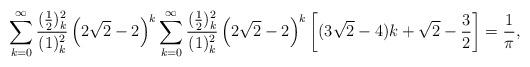
LaTeX: \begin{align*}\sum_{k=0}^{\infty} \frac{(\frac12)_k^2}{(1)_k^2} \left(2\sqrt 2 - 2 \right)^k\sum_{k=0}^{\infty} \frac{(\frac12)_k^2}{(1)_k^2} \left(2\sqrt 2 -2 \right)^k \left[ (3\sqrt 2-4) k + \sqrt 2 - \frac32 \right] = \frac{1}{\pi},\end{align*}